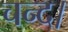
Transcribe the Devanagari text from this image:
चन्‍द।